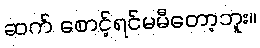
ဆက် စောင့်ရင်မမီတော့ဘူး။